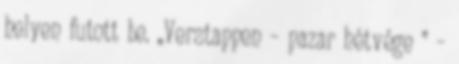
helyen futott be. „Verstappen – pazar hétvége ” –